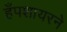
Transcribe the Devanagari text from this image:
हँपशायरने